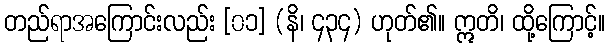
တည်ရာအကြောင်းလည်း [၀၁] (နိ၊ ၄၃၄) ဟုတ်၏။ ဣတိ၊ ထို့ကြောင့်။